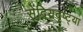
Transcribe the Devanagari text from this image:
सेंद्रियदृष्ट्या